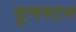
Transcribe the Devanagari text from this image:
वूलस्टन